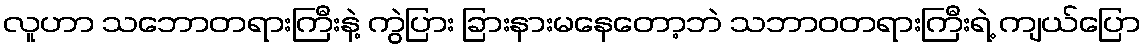
လူဟာ သဘောတရားကြီးနဲ့ ကွဲပြား ခြားနားမနေတော့ဘဲ သဘာဝတရားကြီးရဲ့ ကျယ်ပြော